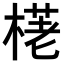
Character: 𣗩